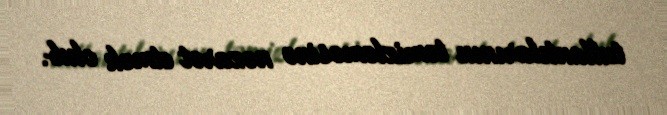
tullantılarının təmizləməsinə nəzarət etmək olub.